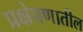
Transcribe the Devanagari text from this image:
प्रक्षेपणातील